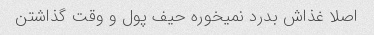
اصلا غذاش بدرد نمیخوره حیف پول و وقت گذاشتن